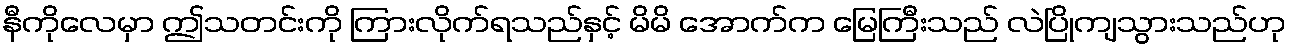
နီကိုလေမှာ ဤသတင်းကို ကြားလိုက်ရသည်နှင့် မိမိ အောက်က မြေကြီးသည် လဲပြိုကျသွားသည်ဟု